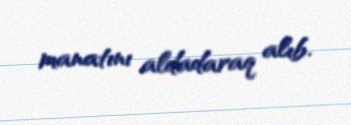
manatını aldadaraq alıb.